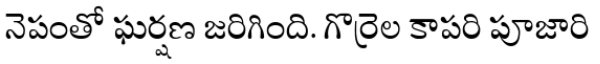
నెపంతో ఘర్షణ జరిగింది. గొర్రెల కాపరి పూజారి